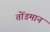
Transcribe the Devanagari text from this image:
तोंडमान